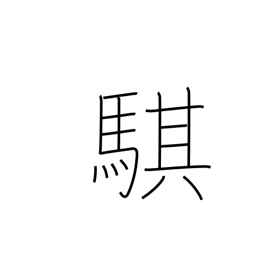
Meaning: fast horse